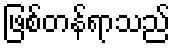
ဖြစ်တန်ရာသည်